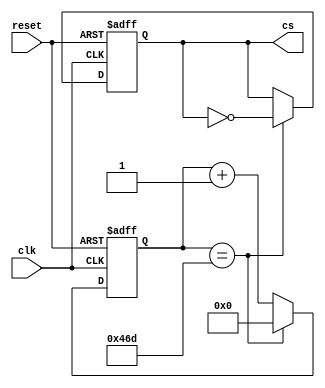
`timescale 1ns / 1ps
//////////////////////////////////////////////////////////////////////////////////
// Company: 
// Engineer: 
// 
// Design Name: 
// Module Name:    Reloj441khz 
// Project Name: 
// Target Devices: 
// Tool versions: 
// Description: 
//
// Dependencies: 
//
// Revision: 
// Revision 0.01 - File Created
// Additional Comments: 
//
//////////////////////////////////////////////////////////////////////////////////
module Reloj441khz(
    input wire clk,
	 input wire reset,
	 output reg cs
	 );
	 

reg [10:0] cuento; //lo cambie a 11 bits

//Reloj 44,1kHz 
always @(posedge clk,posedge reset) 
begin
	if (reset) 
	begin
		cs <= 0;
		cuento <= 0;
	end 
	else 
	begin		
		if (cuento == 11'd1133) //cambie 2267 por 1133 y le puse 11 bits
		begin                    
			cuento <= 11'h000;      //le puse 11 bits
			cs <= ~cs;  
		end 
		else 
			cuento <= cuento + 1'b1; 
	end
end

endmodule